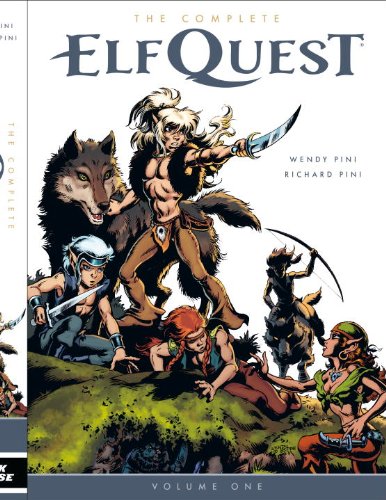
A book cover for The Complete Elfquest Volume 1; Wendy Pini; Comics & Graphic Novels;